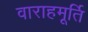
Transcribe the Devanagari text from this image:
वाराहमूर्ति